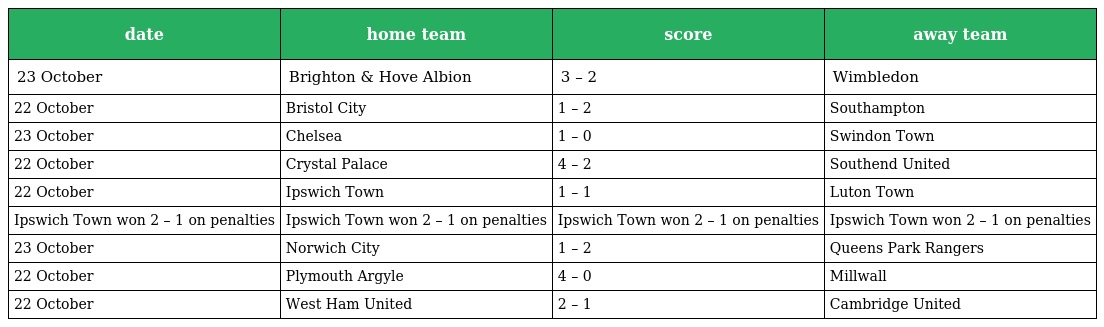
| date | home team | score | away team |
 | --- | --- | --- | --- |
 | 23 October | Brighton & Hove Albion | 3 – 2 | Wimbledon |
 | 22 October | Bristol City | 1 – 2 | Southampton |
 | 23 October | Chelsea | 1 – 0 | Swindon Town |
 | 22 October | Crystal Palace | 4 – 2 | Southend United |
 | 22 October | Ipswich Town | 1 – 1 | Luton Town |
 | Ipswich Town won 2 – 1 on penalties | Ipswich Town won 2 – 1 on penalties | Ipswich Town won 2 – 1 on penalties | Ipswich Town won 2 – 1 on penalties |
 | 23 October | Norwich City | 1 – 2 | Queens Park Rangers |
 | 22 October | Plymouth Argyle | 4 – 0 | Millwall |
 | 22 October | West Ham United | 2 – 1 | Cambridge United |